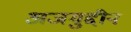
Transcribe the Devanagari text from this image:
अजमुद्दीन